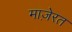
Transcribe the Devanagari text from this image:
माज़ेरत